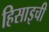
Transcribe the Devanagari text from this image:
हिसाइची